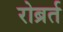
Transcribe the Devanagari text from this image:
रोब्रर्त